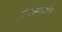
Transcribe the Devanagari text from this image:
मुंगसापर्यंत